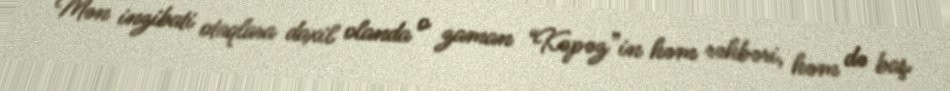
Mən inzibati otaqlara daxil olanda o zaman “Kəpəz”in həm rəhbəri, həm də baş